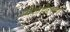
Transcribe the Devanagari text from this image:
पीड़ाचेतना